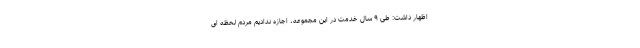
اظهار داشت: طی ۹ سال خدمت در این مجموعه، اجازه ندادیم مردم لحظه ای